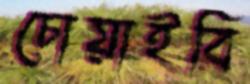
চোয়াইবি